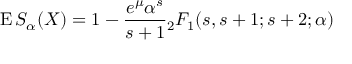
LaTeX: \operatorname { E } S _ { \alpha } ( X ) = 1 - { \frac { e ^ { \mu } \alpha ^ { s } } { s + 1 } } { _ { 2 } F _ { 1 } } ( s , s + 1 ; s + 2 ; \alpha )